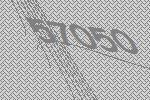
57050